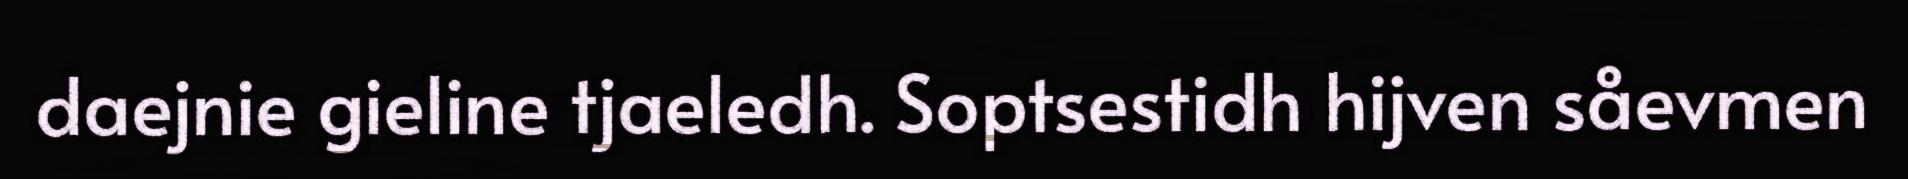
daejnie gieline tjaeledh. Soptsestidh hijven såevmen